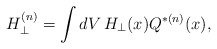
\begin{align*}H_{\perp}^{(n)} = \int dV \, H_{\perp}(x) Q^{*(n)}(x),\end{align*}